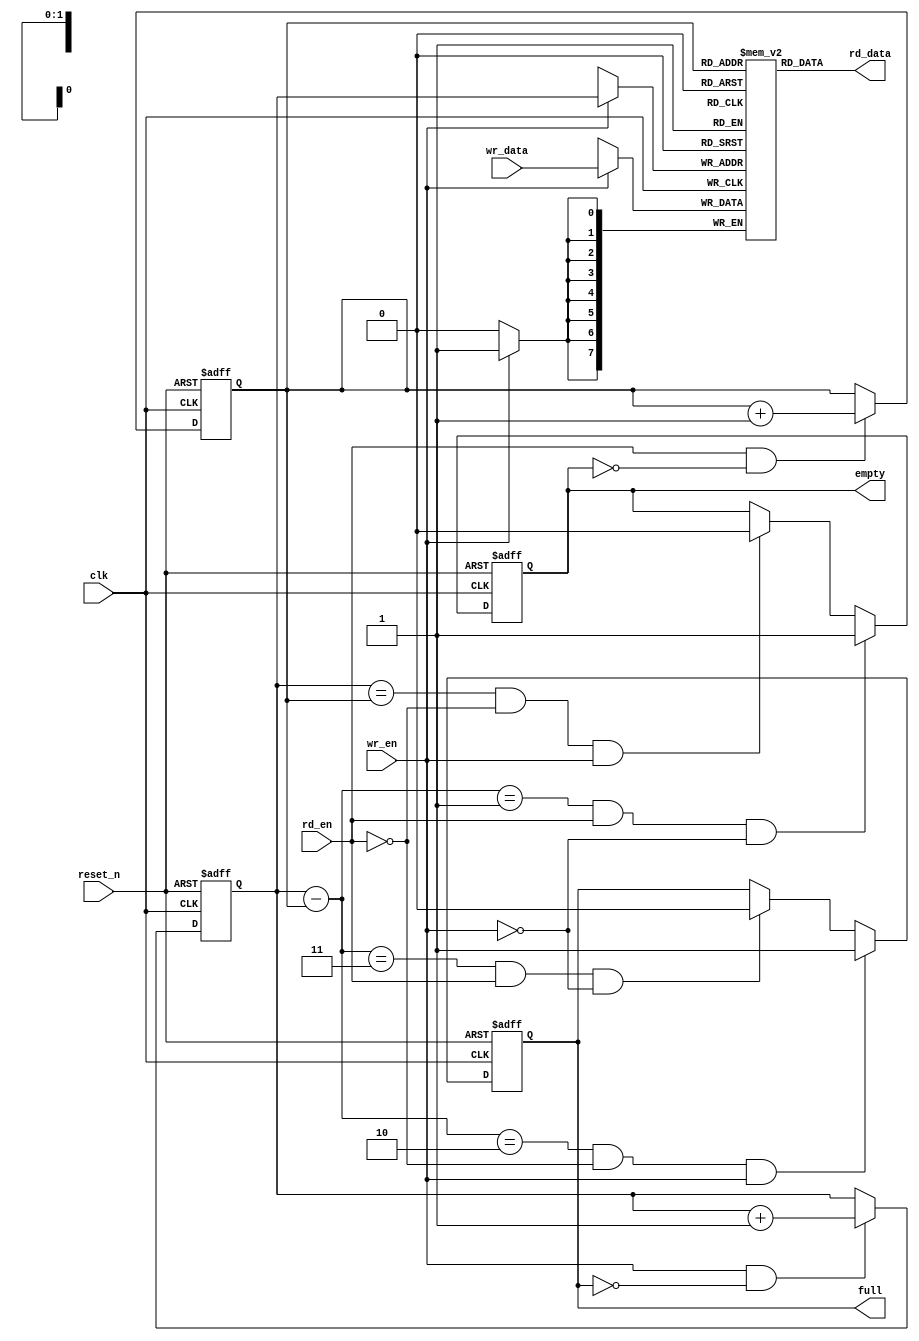
/*********************************************************************
 
  This file is part of the sdram controller project           
  http://www.opencores.org/cores/sdr_ctrl/                    
 
  Description: SYNC FIFO 
  Parameters:
      W : Width (integer)
      D : Depth (integer, power of 2, 4 to 256)
 
  To Do:                                                      
    nothing                                                   
 
  Author(s):  Dinesh Annayya, dinesha@opencores.org                 
 
 Copyright (C) 2000 Authors and OPENCORES.ORG                
 
 This source file may be used and distributed without         
 restriction provided that this copyright statement is not    
 removed from the file and that any derivative work contains  
 the original copyright notice and the associated disclaimer. 
 
 This source file is free software; you can redistribute it   
 and/or modify it under the terms of the GNU Lesser General   
 Public License as published by the Free Software Foundation; 
 either version 2.1 of the License, or (at your option) any   
later version.                                               
 
 This source is distributed in the hope that it will be       
 useful, but WITHOUT ANY WARRANTY; without even the implied   
 warranty of MERCHANTABILITY or FITNESS FOR A PARTICULAR      
 PURPOSE.  See the GNU Lesser General Public License for more 
 details.                                                     
 
 You should have received a copy of the GNU Lesser General    
 Public License along with this source; if not, download it   
 from http://www.opencores.org/lgpl.shtml                     
 
*******************************************************************/
 
 
module sync_fifo (clk,
	          reset_n,
		  wr_en,
		  wr_data,
		  full,
		  empty,
		  rd_en,
		  rd_data);
 
   parameter W = 8;
   parameter D = 4;
 
   parameter AW = (D == 4)   ? 2 :
		  (D == 8)   ? 3 :
		  (D == 16)  ? 4 :
		  (D == 32)  ? 5 :
		  (D == 64)  ? 6 :
		  (D == 128) ? 7 :
		  (D == 256) ? 8 : 0;
 
   output [W-1 : 0]  rd_data;
   input [W-1 : 0]   wr_data;
   input 	     clk, reset_n, wr_en, rd_en;
   output 	     full, empty;
 
   // synopsys translate_off
 
   initial begin
      if (AW == 0) begin
	 $display ("%m : ERROR!!! Fifo depth %d not in range 4 to 256", D);
      end // if (AW == 0)
   end // initial begin
 
   // synopsys translate_on
 
 
   reg [W-1 : 0]    mem[D-1 : 0];
   reg [AW-1 : 0]   rd_ptr, wr_ptr;
   reg	 	    full, empty;
 
   wire [W-1 : 0]   rd_data;
 
   always @ (posedge clk or negedge reset_n) 
      if (reset_n == 1'b0) begin
         wr_ptr <= {AW{1'b0}} ;
      end
      else begin
         if (wr_en & !full) begin
            wr_ptr <= wr_ptr + 1'b1 ;
         end
      end
 
   always @ (posedge clk or negedge reset_n) 
      if (reset_n == 1'b0) begin
         rd_ptr <= {AW{1'b0}} ;
      end
      else begin
         if (rd_en & !empty) begin
            rd_ptr <= rd_ptr + 1'b1 ;
         end
      end
 
 
   always @ (posedge clk or negedge reset_n) 
      if (reset_n == 1'b0) begin
         empty <= 1'b1 ;
      end
      else begin
         empty <= (((wr_ptr - rd_ptr) == {{(AW-1){1'b0}}, 1'b1}) & rd_en & ~wr_en) ? 1'b1 : 
                   ((wr_ptr == rd_ptr) & ~rd_en & wr_en) ? 1'b0 : empty ;
      end
 
   always @ (posedge clk or negedge reset_n) 
      if (reset_n == 1'b0) begin
         full <= 1'b0 ;
      end
      else begin
         full <= (((wr_ptr - rd_ptr) == {{(AW-1){1'b1}}, 1'b0}) & ~rd_en & wr_en) ? 1'b1 : 
                 (((wr_ptr - rd_ptr) == {AW{1'b1}}) & rd_en & ~wr_en) ? 1'b0 : full ;
      end
 
   always @ (posedge clk) 
      if (wr_en)
	 mem[wr_ptr] <= wr_data;
 
assign  rd_data = mem[rd_ptr];
 
 
// synopsys translate_off
   always @(posedge clk) begin
      if (wr_en && full) begin
         $display("%m : Error! sfifo overflow!");
      end
   end
 
   always @(posedge clk) begin
      if (rd_en && empty) begin
         $display("%m : error! sfifo underflow!");
      end
   end
 
// synopsys translate_on
//---------------------------------------
 
endmodule